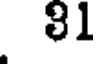
81